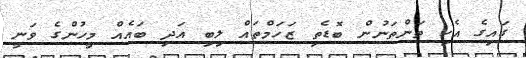
ގައިގެ އެކި ތަންތަނުން ބޮޑެތި ޒަހަމްތައް ލިބި އަދި ބައެއް މީހުންގެ ވަނީ